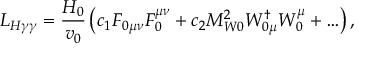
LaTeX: { \cal L } _ { H \gamma \gamma } = \frac { H _ { 0 } } { v _ { 0 } } \left( c _ { 1 } F _ { 0 \mu \nu } F _ { 0 } ^ { \mu \nu } + c _ { 2 } M _ { W 0 } ^ { 2 } W _ { 0 \mu } ^ { \dag } W _ { 0 } ^ { \mu } + \ldots \right) ,